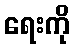
ရေးကို